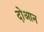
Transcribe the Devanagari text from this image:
दोआन